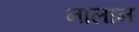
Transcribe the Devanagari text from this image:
नालान